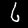
Digit: 6